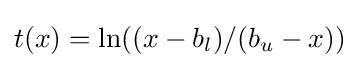
t(x)=\ln((x-b_{l})/(b_{u}-x))